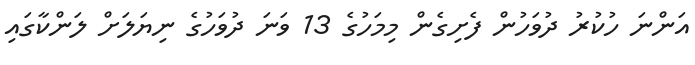
އަންނަ ހުކުރު ދުވަހުން ފެށިގެން މިމަހުގެ 13 ވަނަ ދުވަހުގެ ނިޔަލަށް ލަންކާގައި